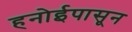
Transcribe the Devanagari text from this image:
हनोईपासून